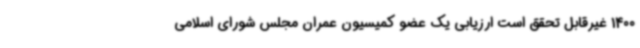
1400 غیرقابل تحقق است ارزیابی یک عضو کمیسیون عمران مجلس شورای اسلامی